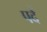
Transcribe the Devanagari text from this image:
पदें